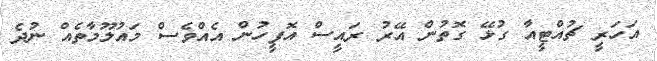
އަހަރީ ޗުއްޓީއާ ގުޅޭ ގޮތުން އޭރު ރައީސް އޮފީހުން އެއްވެސް މައުލޫމާތެއް ނުދެ